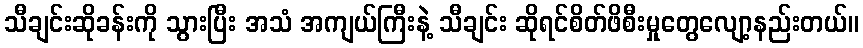
သီချင်းဆိုခန်းကို သွားပြီး အသံ အကျယ်ကြီးနဲ့ သီချင်း ဆိုရင်စိတ်ဖိစီးမှုတွေလျော့နည်းတယ်။